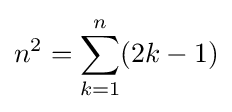
n^{2}=\sum _{k=1}^{n}(2k-1)